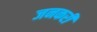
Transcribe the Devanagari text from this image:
जनकरी